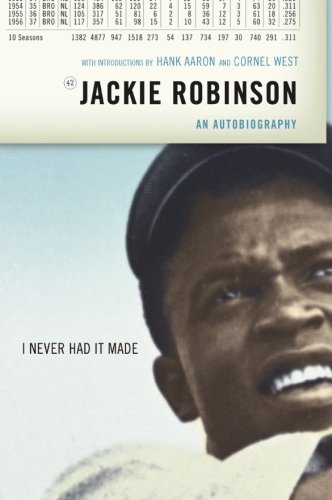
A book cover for I Never Had It Made: An Autobiography of Jackie Robinson; Jackie Robinson; Biographies & Memoirs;